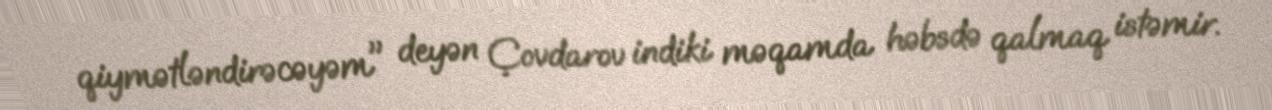
qiymətləndirəcəyəm" deyən Çovdarov indiki məqamda həbsdə qalmaq istəmir.